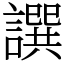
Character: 譔